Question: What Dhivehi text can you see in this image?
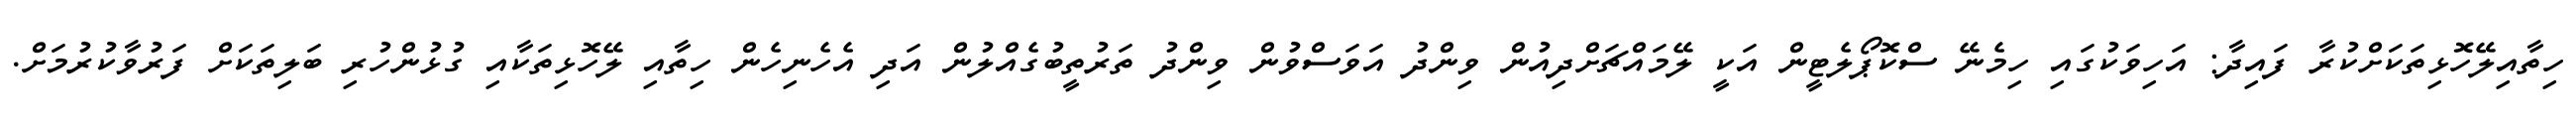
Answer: ހިތާއިލޭހޮޅިތަކަށްކުރާ ފައިދާ: އަހިވަކުގައި ހިމެނޭ ސްކޮޕޯލެޓީން އަކީ ލޭމައްޗަށްދިއުން ވިންދު އަވަސްވުން ވިންދު ތަރުތީބުގެއްލުން އަދި އެހެނިހެން ހިތާއި ލޭހޮޅިތަކާއި ގުޅުންހުރި ބަލިތަކަށް ފަރުވާކުރުމަށް.